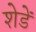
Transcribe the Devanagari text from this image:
शेडें